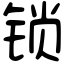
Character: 锁